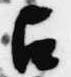
占